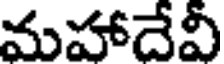
మహాదేవీ